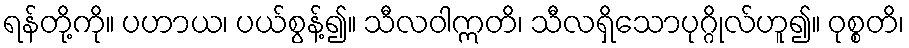
ရန်တို့ကို။ ပဟာယ၊ ပယ်စွန့်၍။ သီလဝါဣတိ၊ သီလရှိသောပုဂ္ဂိုလ်ဟူ၍။ ဝုစ္စတိ၊